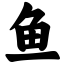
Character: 鱼